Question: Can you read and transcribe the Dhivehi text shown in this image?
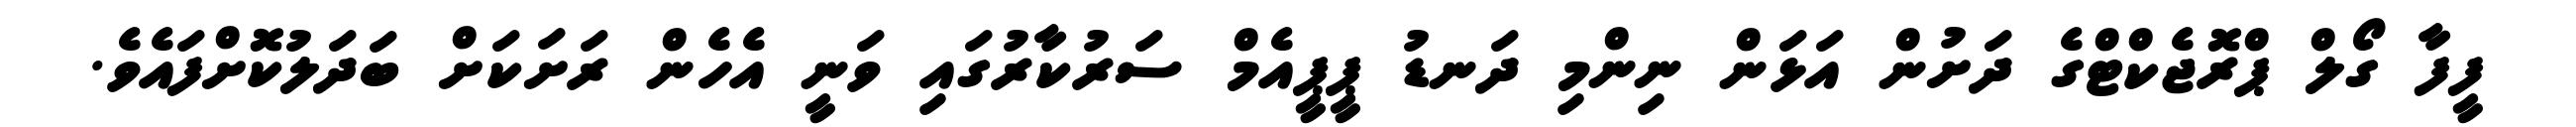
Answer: ފީފާ ގޯލް ޕްރޮޖެކްޓްގެ ދަށުން އަޅަން ނިންމި ދަނޑު ޕީޕީއެމް ސަރުކާރުގައި ވަނީ އެހެން ރަށަކަށް ބަދަލުކޮށްފައެވެ.